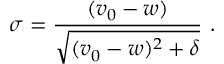
\sigma = \frac { ( v _ { 0 } - w ) } { \sqrt { ( v _ { 0 } - w ) ^ { 2 } + \delta } } \ .